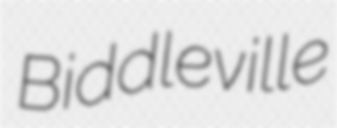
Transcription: Biddleville